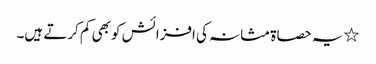
٭یہ حصاۃ مثانہ کی افزائش کو بھی کم کرتے ہیں۔